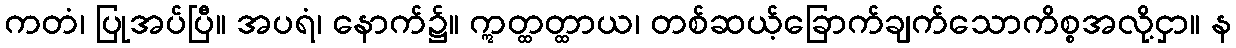
ကတံ၊ ပြုအပ်ပြီ။ အပရံ၊ နောက်၌။ ဣတ္ထတ္ထာယ၊ တစ်ဆယ့်ခြောက်ချက်သောကိစ္စအလို့ငှာ။ န